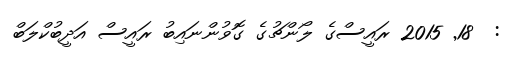
:  18